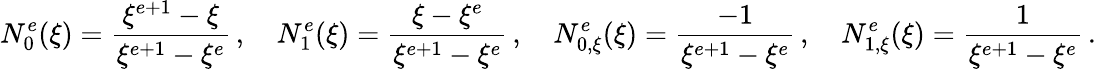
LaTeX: N_{0}^{e}(\xi)=\frac{\xi^{e+1}-\xi}{\xi^{e+1}-\xi^{e}}\, ,\quad N_{1}^{e}(\xi)=\frac{\xi-\xi^{e}}{\xi^{e+1}-\xi^{e}}\, ,\quad N_{0,\xi}^{e}(\xi)=\frac{-1}{\xi^{e+1}-\xi^{e}}\, ,\quad N_{1,\xi}^{e}(\xi)=\frac{1}{\xi^{e+1}-\xi^{e}}\, .